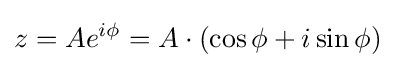
z=Ae^{i\phi }=A\cdot (\cos {\phi }+i\sin {\phi })